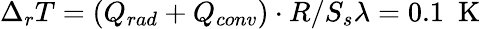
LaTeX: \Delta_{r}T=(Q_{rad}+Q_{conv})\cdot R/S_{s}\lambda=0.1~\textrm{~K}